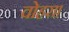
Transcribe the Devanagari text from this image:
वोहरा।